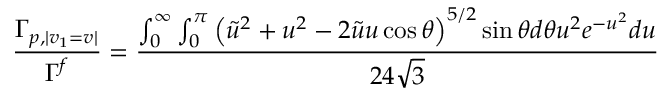
\frac { \Gamma _ { p , | v _ { 1 } = v | } } { \Gamma ^ { f } } = \frac { \int _ { 0 } ^ { \infty } \int _ { 0 } ^ { \pi } \left( \tilde { u } ^ { 2 } + u ^ { 2 } - 2 \tilde { u } u \cos \theta \right) ^ { 5 / 2 } \sin \theta d \theta u ^ { 2 } e ^ { - u ^ { 2 } } d u } { 2 4 \sqrt { 3 } }